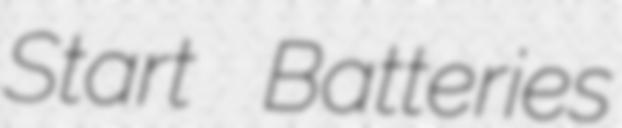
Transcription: Start Batteries